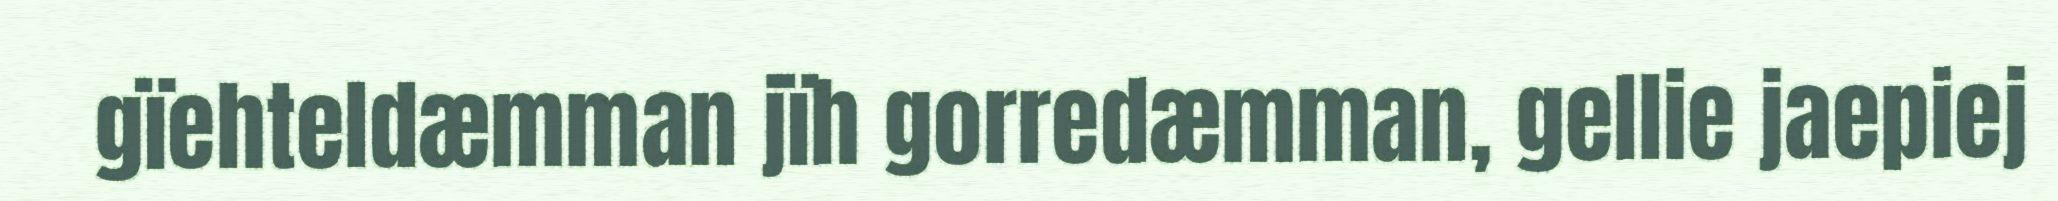
gïehteldæmman jïh gorredæmman, gellie jaepiej